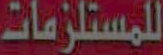
للمستلزمات